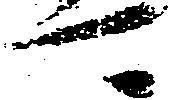
可